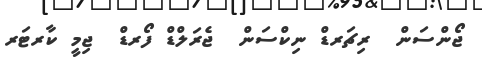
ޖޯންސަން  ރިޗަރޑް ނިކްސަން  ޖެރަލްޑް ފޯރޑް  ޖިމީ ކާރޓަރ